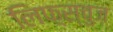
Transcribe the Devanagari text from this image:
लिफ़्स्चुज़